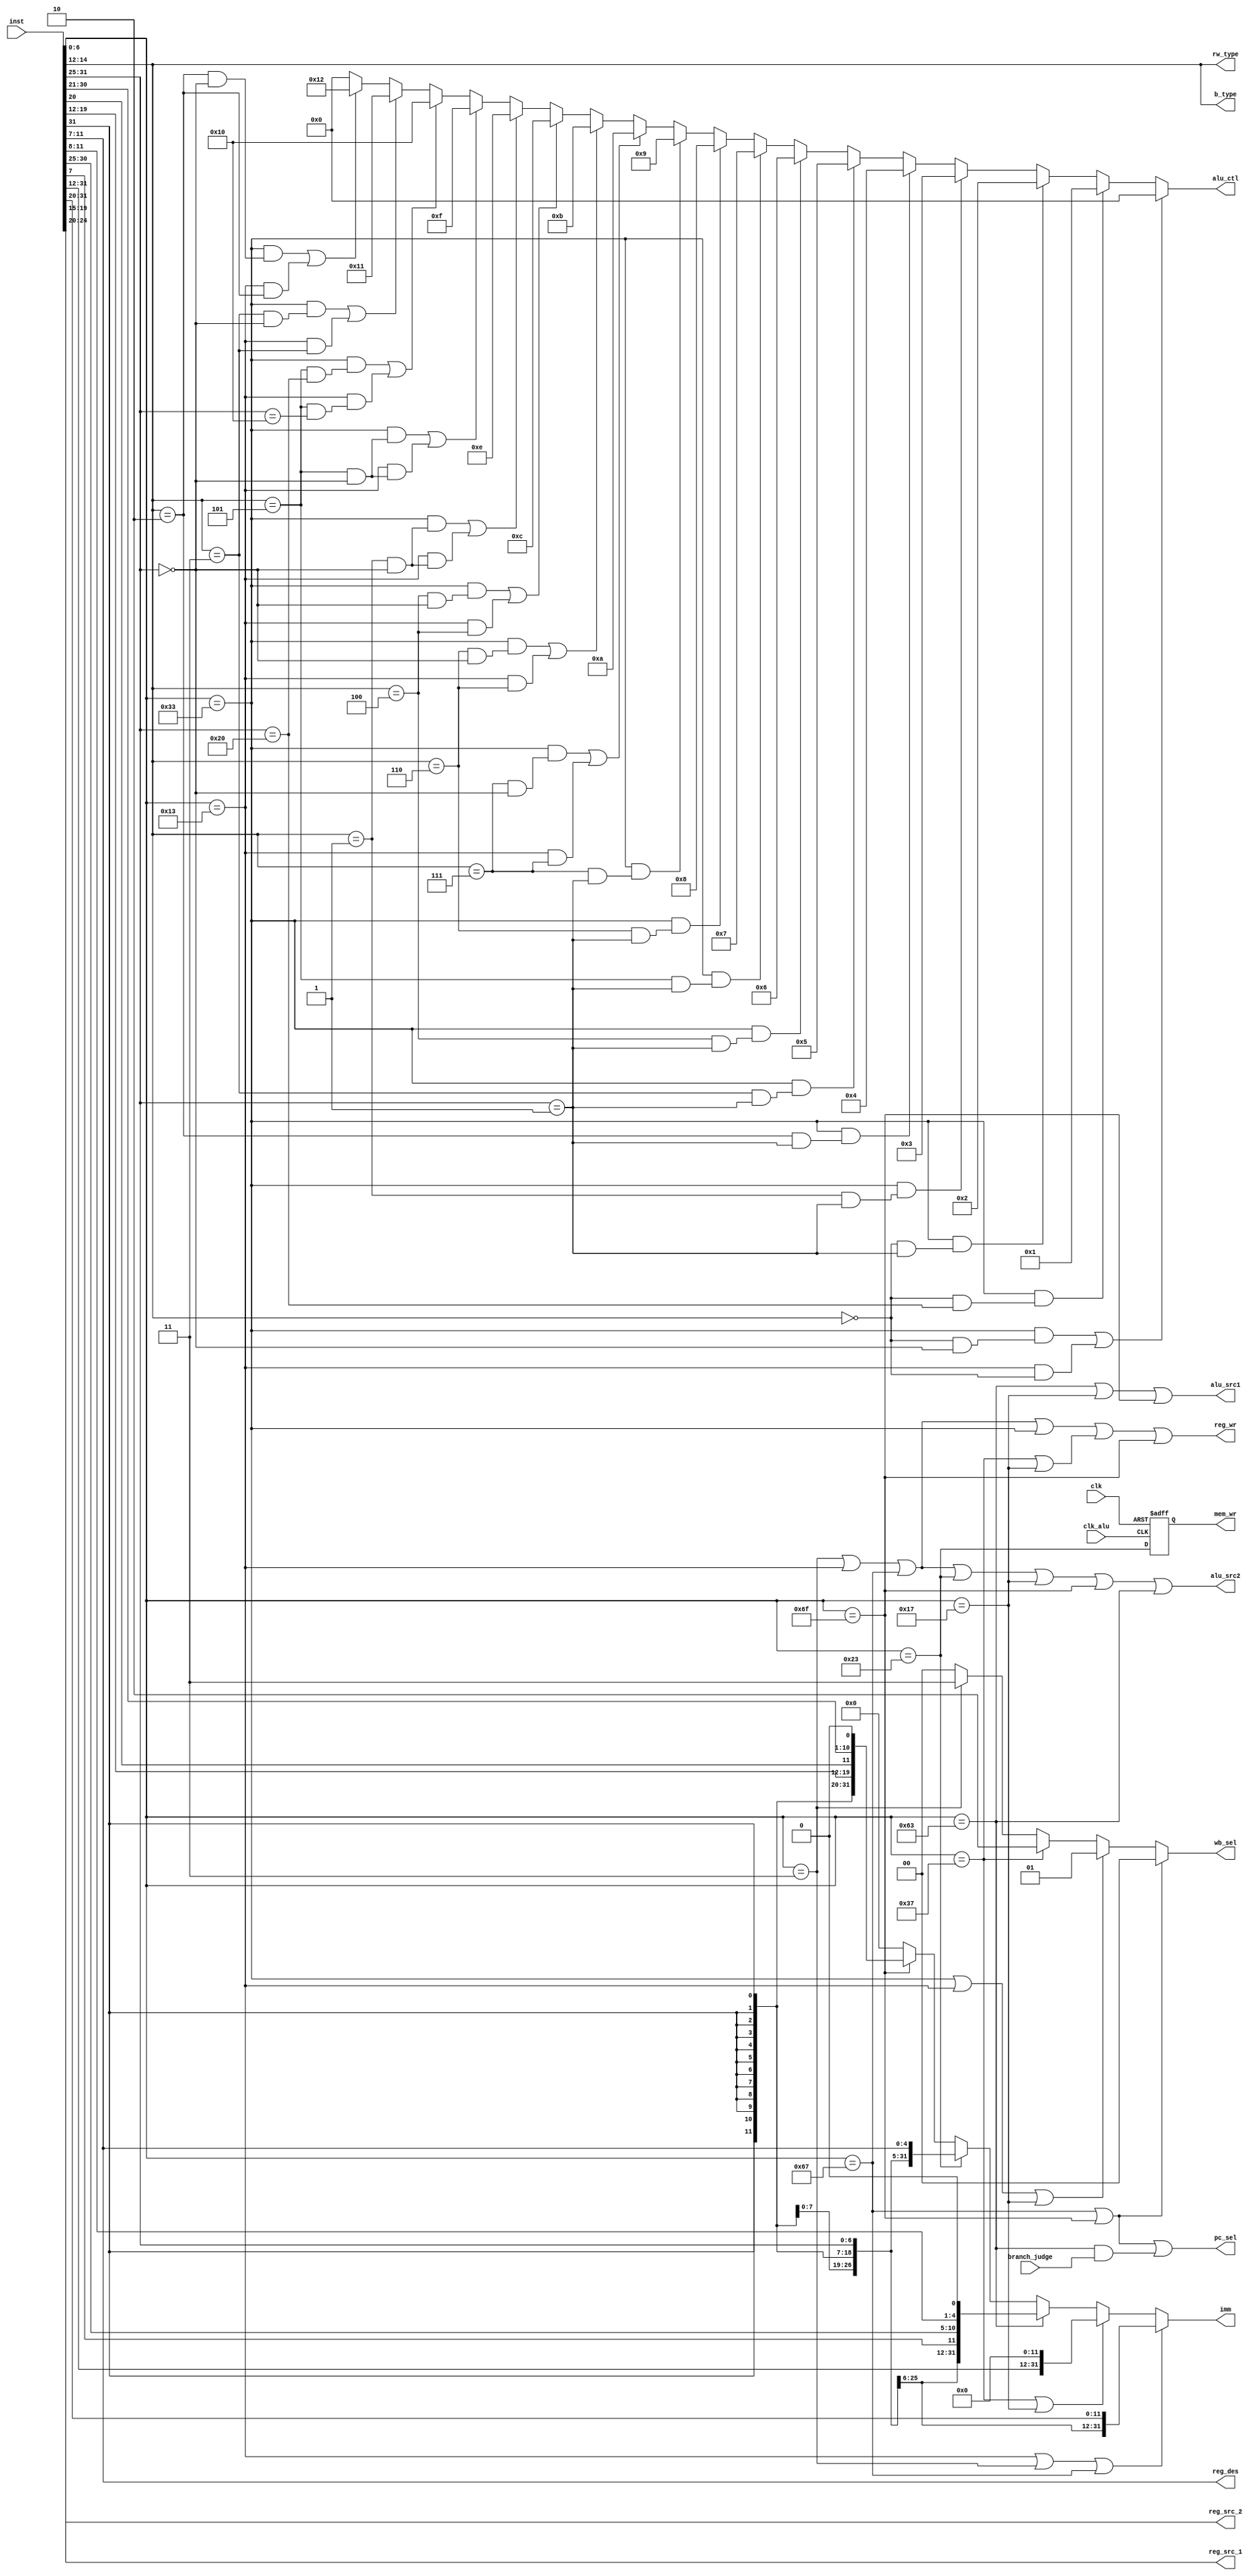
`timescale 1ns/1ns
module Decoder_control 
    #(
        parameter [6:0]             op_R        = 7'b0110011, //R
        parameter [6:0]             op_I_load   = 7'b0000011, //Iload
        parameter [6:0]             op_I_jalr   = 7'b1100111, //I
        parameter [6:0]             op_I_cal    = 7'b0010011, //I
        parameter [6:0]             op_S        = 7'b0100011, //S
        parameter [6:0]             op_B        = 7'b1100011, //B
        parameter [6:0]             op_U_lui    = 7'b0110111, //Ului
        parameter [6:0]             op_U_auipc  = 7'b0010111, //Uauipc
        parameter [6:0]             op_J_jal    = 7'b1101111  //J
    )
    (
        input                       clk,
        input                       clk_alu,
        input [31:0]                inst, //

        input                       branch_judge, //B
        
        output [4:0]                reg_src_1, 
        output [4:0]                reg_src_2,
        output [4:0]                reg_des,
        output reg signed [31:0]    imm,
        
        //output              mem_rd, //RAM1
        output reg                  mem_wr, //RAM

        output reg [1:0]            wb_sel, //
        output                      reg_wr,  //
        output                      pc_sel,
        
        output                      alu_src1, //ALU
        output                      alu_src2, //ALU
        output reg [4:0]            alu_ctl, //ALU

        // output                      beq,
        // output                      bne,
        // output                      blt,
        // output                      bge,
        // output                      bltu,
        // output                      bgeu,
        output [2:0]                b_type, //funct3B(beq bne blt bge bltu bgeu)
        
        output [2:0]                rw_type //funct3RAMlb sb lh sh lw sw lbu lhu
    );

        wire [6:0]                  opcode;
        wire [2:0]                  funct3;
        wire [6:0]                  funct7;

        wire                        is_R;
            //
        wire                        is_R_add;
        wire                        is_R_sub;
        wire                        is_R_sll;
        wire                        is_R_slt;
        wire                        is_R_sltu;
        wire                        is_R_xor;
        wire                        is_R_srl;
        wire                        is_R_sra;
        wire                        is_R_or;
        wire                        is_R_and;
            //
        wire                        is_R_mul;
        wire                        is_R_mulh;
        wire                        is_R_mulsu;
        wire                        is_R_mulu;
        wire                        is_R_div;
        wire                        is_R_divu;
        wire                        is_R_rem;
        wire                        is_R_remu;
        
        //I
        wire                        is_I;
            //load
        wire                        is_I_load;
            //
        wire                        is_I_jalr;
            //
        wire                        is_I_cal;
        wire                        is_I_addi;               
        wire                        is_I_slli;               
        wire                        is_I_slti;               
        wire                        is_I_sltiu;               
        wire                        is_I_xori;               
        wire                        is_I_srli;               
        wire                        is_I_srai;               
        wire                        is_I_ori;               
        wire                        is_I_andi;               

        //B
        wire                        is_B;
        wire                        is_B_beq;
	    wire                        is_B_bne;
	    wire                        is_B_blt;
	    wire                        is_B_bge;
	    wire                        is_B_bltu;
	    wire                        is_B_bgeu;

        //S
        wire                        is_S;

        //U
        wire                        is_U;
        wire                        is_U_lui;
        wire                        is_U_auipc;

        //J
        wire                        is_J_jal;

        //reg  [2:0]                count; //mem_wr


         ///////////////////////////////////////////////////////////////////////////
        //// opcodefunct3                               ////
        ///////////////////////////////////////////////////////////////////////////

        assign    opcode          = inst[6:0];
        assign    funct3          = inst[14:12];
        assign    funct7          = inst[31:25];
        assign    reg_src_1       = inst[19:15];
        assign    reg_src_2       = inst[24:20];
        assign    reg_des         = inst[11:7]; 


        //
        assign    is_R          = (opcode == op_R);
        assign    is_I          = is_I_load | is_I_cal | is_I_jalr;
        assign    is_S          = (opcode == op_S);
        assign    is_B          = (opcode == op_B);
        assign    is_U          = is_U_lui | is_U_auipc;
        assign    is_J          = is_J_jal;
        

        //
        //R
            //
        assign    is_R_add      = ((is_R) && (funct3 == 3'h0 && funct7 == 7'h00));
        assign    is_R_sub      = ((is_R) && (funct3 == 3'h0 && funct7 == 7'h20));
        assign    is_R_sll      = ((is_R) && (funct3 == 3'h1 && funct7 == 7'h00));
        assign    is_R_slt      = ((is_R) && (funct3 == 3'h2 && funct7 == 7'h00));
        assign    is_R_sltu     = ((is_R) && (funct3 == 3'h3 && funct7 == 7'h00));
        assign    is_R_xor      = ((is_R) && (funct3 == 3'h4 && funct7 == 7'h00));
        assign    is_R_srl      = ((is_R) && (funct3 == 3'h5 && funct7 == 7'h00));
        assign    is_R_sra      = ((is_R) && (funct3 == 3'h5 && funct7 == 7'h20));
        assign    is_R_or       = ((is_R) && (funct3 == 3'h6 && funct7 == 7'h00));
        assign    is_R_and      = ((is_R) && (funct3 == 3'h7 && funct7 == 7'h00));
            //
        assign    is_R_mul      = ((is_R) && (funct3 == 3'h0 && funct7 == 7'h01));
        assign    is_R_mulh     = ((is_R) && (funct3 == 3'h1 && funct7 == 7'h01));
        assign    is_R_mulsu    = ((is_R) && (funct3 == 3'h2 && funct7 == 7'h01));
        assign    is_R_mulu     = ((is_R) && (funct3 == 3'h3 && funct7 == 7'h01));
        assign    is_R_div      = ((is_R) && (funct3 == 3'h4 && funct7 == 7'h01));
        assign    is_R_divu     = ((is_R) && (funct3 == 3'h5 && funct7 == 7'h01));
        assign    is_R_rem      = ((is_R) && (funct3 == 3'h6 && funct7 == 7'h01));
        assign    is_R_remu     = ((is_R) && (funct3 == 3'h7 && funct7 == 7'h01));
    
        //I
            //
            //srlisraiimm7funct7
        assign    is_I_cal      = (opcode == op_I_cal);
        assign    is_I_addi 	= ((is_I_cal) && (funct3 == 3'h0));
	    assign    is_I_slli 	= ((is_I_cal) && (funct3 == 3'h1 && funct7 == 7'h00));
	    assign    is_I_slti 	= ((is_I_cal) && (funct3 == 3'h2));
	    assign    is_I_sltiu    = ((is_I_cal) && (funct3 == 3'h3));
	    assign    is_I_xori 	= ((is_I_cal) && (funct3 == 3'h4));
	    assign    is_I_srli 	= ((is_I_cal) && (funct3 == 3'h5 && funct7 == 7'h00));
	    assign    is_I_srai 	= ((is_I_cal) && (funct3 == 3'h5 && funct7 == 7'h10));
	    assign    is_I_ori      = ((is_I_cal) && (funct3 == 3'h6));
	    assign    is_I_andi 	= ((is_I_cal) && (funct3 == 3'h7));

            //load
            //load
            //funct3RAM
        assign    is_I_load     = (opcode == op_I_load);
        // assign    is_I_lb 		= ((opcode == op_I_load) && (funct3 == 3'h0));
	    // assign    is_I_lh 		= ((opcode == op_I_load) && (funct3 == 3'h1));
	    // assign    is_I_lw 		= ((opcode == op_I_load) && (funct3 == 3'h2));
	    // assign    is_I_lbu		= ((opcode == op_I_load) && (funct3 == 3'h4));
	    // assign    is_I_lhu		= ((opcode == op_I_load) && (funct3 == 3'h5));

            // 
        assign    is_I_jalr     = (opcode == op_I_jalr);


        //B
        assign    is_B_beq 		 = ((is_B) && (funct3 == 0));
	    assign    is_B_bne 		 = ((is_B) && (funct3 == 1));
	    assign    is_B_blt 		 = ((is_B) && (funct3 == 4));
	    assign    is_B_bge 		 = ((is_B) && (funct3 == 5));
	    assign    is_B_bltu 	 = ((is_B) && (funct3 == 6));
	    assign    is_B_bgeu 	 = ((is_B) && (funct3 == 7));

        //U
        assign    is_U_lui       = (opcode == op_U_lui);
        assign    is_U_auipc     = (opcode == op_U_auipc);


        //J
        assign    is_J_jal       = (opcode == op_J_jal);

        //imm

        always @(*) begin
            if(is_I_cal || is_I_load || is_I_jalr) 
                imm = { {20{inst[31]}},inst[31:20] };
            else if(is_U_lui || is_U_auipc)
                imm = { inst[31:12],12'b0000_0000_0000 };
            else if(is_B)
                imm = { {20{inst[31]}},inst[7],inst[30:25],inst[11:8],1'b0 };
            else if(is_S)
                imm = { {20{inst[31]}},inst[31:25],inst[11:7] };
            else if(is_J)
                imm = { {11{inst[31]}},inst[31],inst[19:12],inst[20],inst[30:21],1'b0 };
            else imm = 0;
        end



        //
        assign  b_type        = funct3;
        assign  rw_type       = funct3;


        assign  reg_wr        = is_I | is_R | is_U | is_J_jal;

        //
        assign  alu_src1      = is_B | is_U_auipc | is_J_jal; //1PCrs1
        assign  alu_src2      = is_I | is_S | is_U_auipc| is_J_jal |is_B; //1,rs2
        assign  pc_sel        = is_I_jalr | is_J_jal | (is_B & branch_judge);  //PC1


        always @(negedge clk_alu or posedge clk) begin //alu
            if(clk == 1)
                mem_wr = 0;
            else mem_wr = is_S;
        end


            //
        always @(*) begin
            if (is_I_jalr | is_J_jal)
                wb_sel = 0;
            else if (is_R | is_I_cal | is_U_auipc)
                wb_sel = 1;
            else if (is_U_lui)
                wb_sel = 2;
            else if (is_I_load)
                wb_sel = 3;
            else wb_sel = 0;
        end    
            

        
        
        //
        assign  beq           = is_B_beq;
        assign  bne           = is_B_bne;
        assign  blt           = is_B_blt;
        assign  bge           = is_B_bge;
        assign  bltu          = is_B_bltu;
        assign  bgeu          = is_B_bgeu;


        //ALU
        always @(*) begin
            if(is_R_add | is_I_addi)
                alu_ctl = 5'b00000;
            else if(is_R_sub)
                alu_ctl = 5'b00001;
            else if(is_R_mul)
                alu_ctl = 5'b00010;
            else if(is_R_mulh)
                alu_ctl = 5'b00011;
            else if(is_R_mulsu)
                alu_ctl = 5'b00100;
            else if(is_R_mulu)
                alu_ctl = 5'b00101;
            else if(is_R_div)
                alu_ctl = 5'b00110;
            else if(is_R_divu)
                alu_ctl = 5'b00111;
            else if(is_R_rem)
                alu_ctl = 5'b01000;
            else if(is_R_remu)
                alu_ctl = 5'b01001;
            else if(is_R_and | is_I_andi)
                alu_ctl = 5'b01010;
            else if(is_R_or | is_I_ori)
                alu_ctl = 5'b01011;
            else if(is_R_xor | is_I_xori)
                alu_ctl = 5'b01100;
            else if(is_R_sll | is_I_slli)
                alu_ctl = 5'b01110;
            else if(is_R_srl | is_I_srli)
                alu_ctl = 5'b01111;
            else if(is_R_sra | is_I_srai)
                alu_ctl = 5'b10000;
            else if(is_R_sltu | is_I_sltiu)
                alu_ctl = 5'b10001;
            else if(is_R_slt | is_I_slti)
                alu_ctl = 5'b10010;
            else 
                alu_ctl = 5'b00000;  
        end


    
endmodule